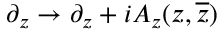
\partial _ { z } \rightarrow \partial _ { z } + i A _ { z } ( z , { \overline { { z } } } )